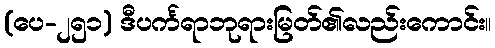
(ပေ-၂၅၁) ဒီပင်္ကရာဘုရားမြတ်၏လည်းကောင်း။